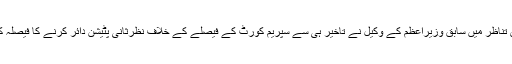
اس تناظر میں سابق وزیراعظم کے وکیل نے تاخیر ہی سے سپریم کورٹ کے فیصلے کے خلاف نظرثانی پٹیشن دائر کرنے کا فیصلہ کیا۔